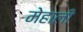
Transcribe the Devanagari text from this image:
मेहाली